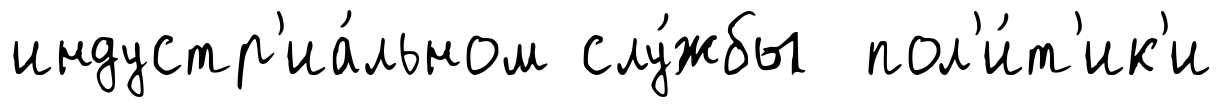
индустр'иа́льном слу́жбы пол'и́т'ик'и